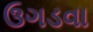
ઉગડવા